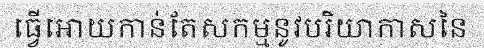
ធ្វើអោយកាន់តែសកម្មនូវបរិយាកាសនៃ